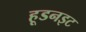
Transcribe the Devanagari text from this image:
हूडनइट